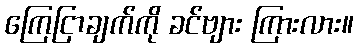
ကြေငြာချက်ကို ခင်ဗျား ကြားလား။